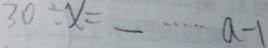
3 0 \div x = \_ \cdots a - 1